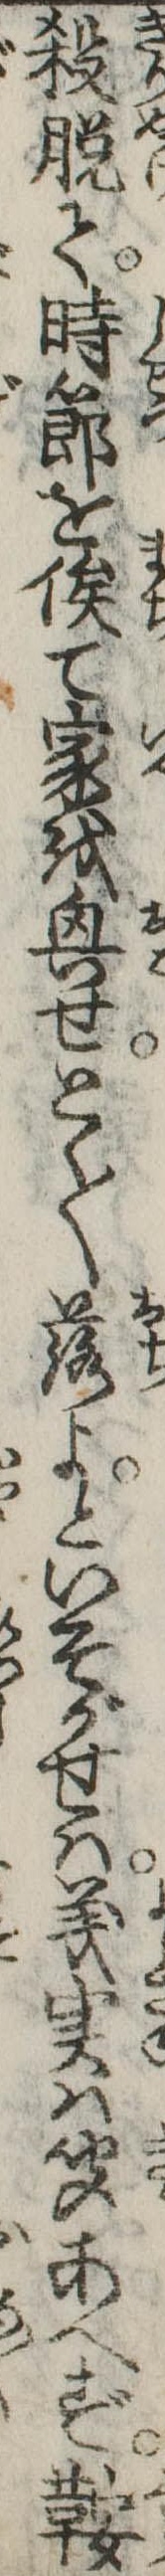
殺脱て時節を俟て家を興せとく〱落よといそがせは義実は聞あへず鞍